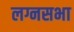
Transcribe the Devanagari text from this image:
लग्नसभा